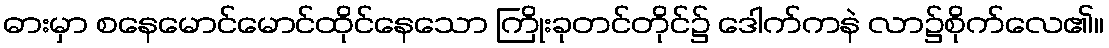
ဓားမှာ စနေမောင်မောင်ထိုင်နေသော ကြိုးခုတင်တိုင်၌ ဒေါက်ကနဲ လာ၌စိုက်လေ၏။